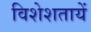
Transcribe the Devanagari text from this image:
विशेशतायें